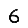
Digit: 6